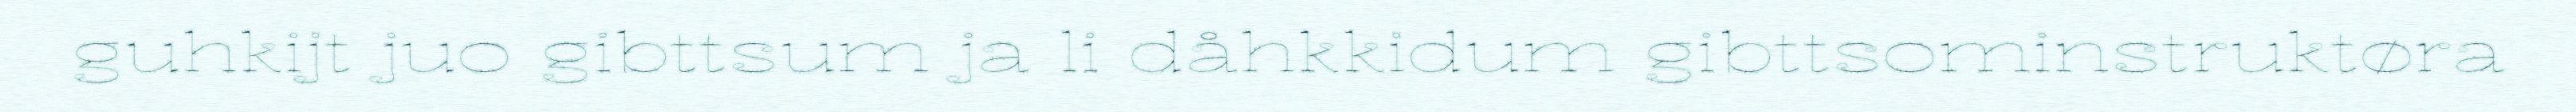
guhkijt juo gibttsum ja li dåhkkidum gibttsominstruktøra